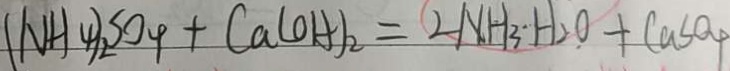
( N H _ { 4 } ) _ { 2 } S O _ { 4 } + C a ( O H ) _ { 2 } = 2 N H _ { 3 } \cdot H _ { 2 } O + C a S O _ { 4 }